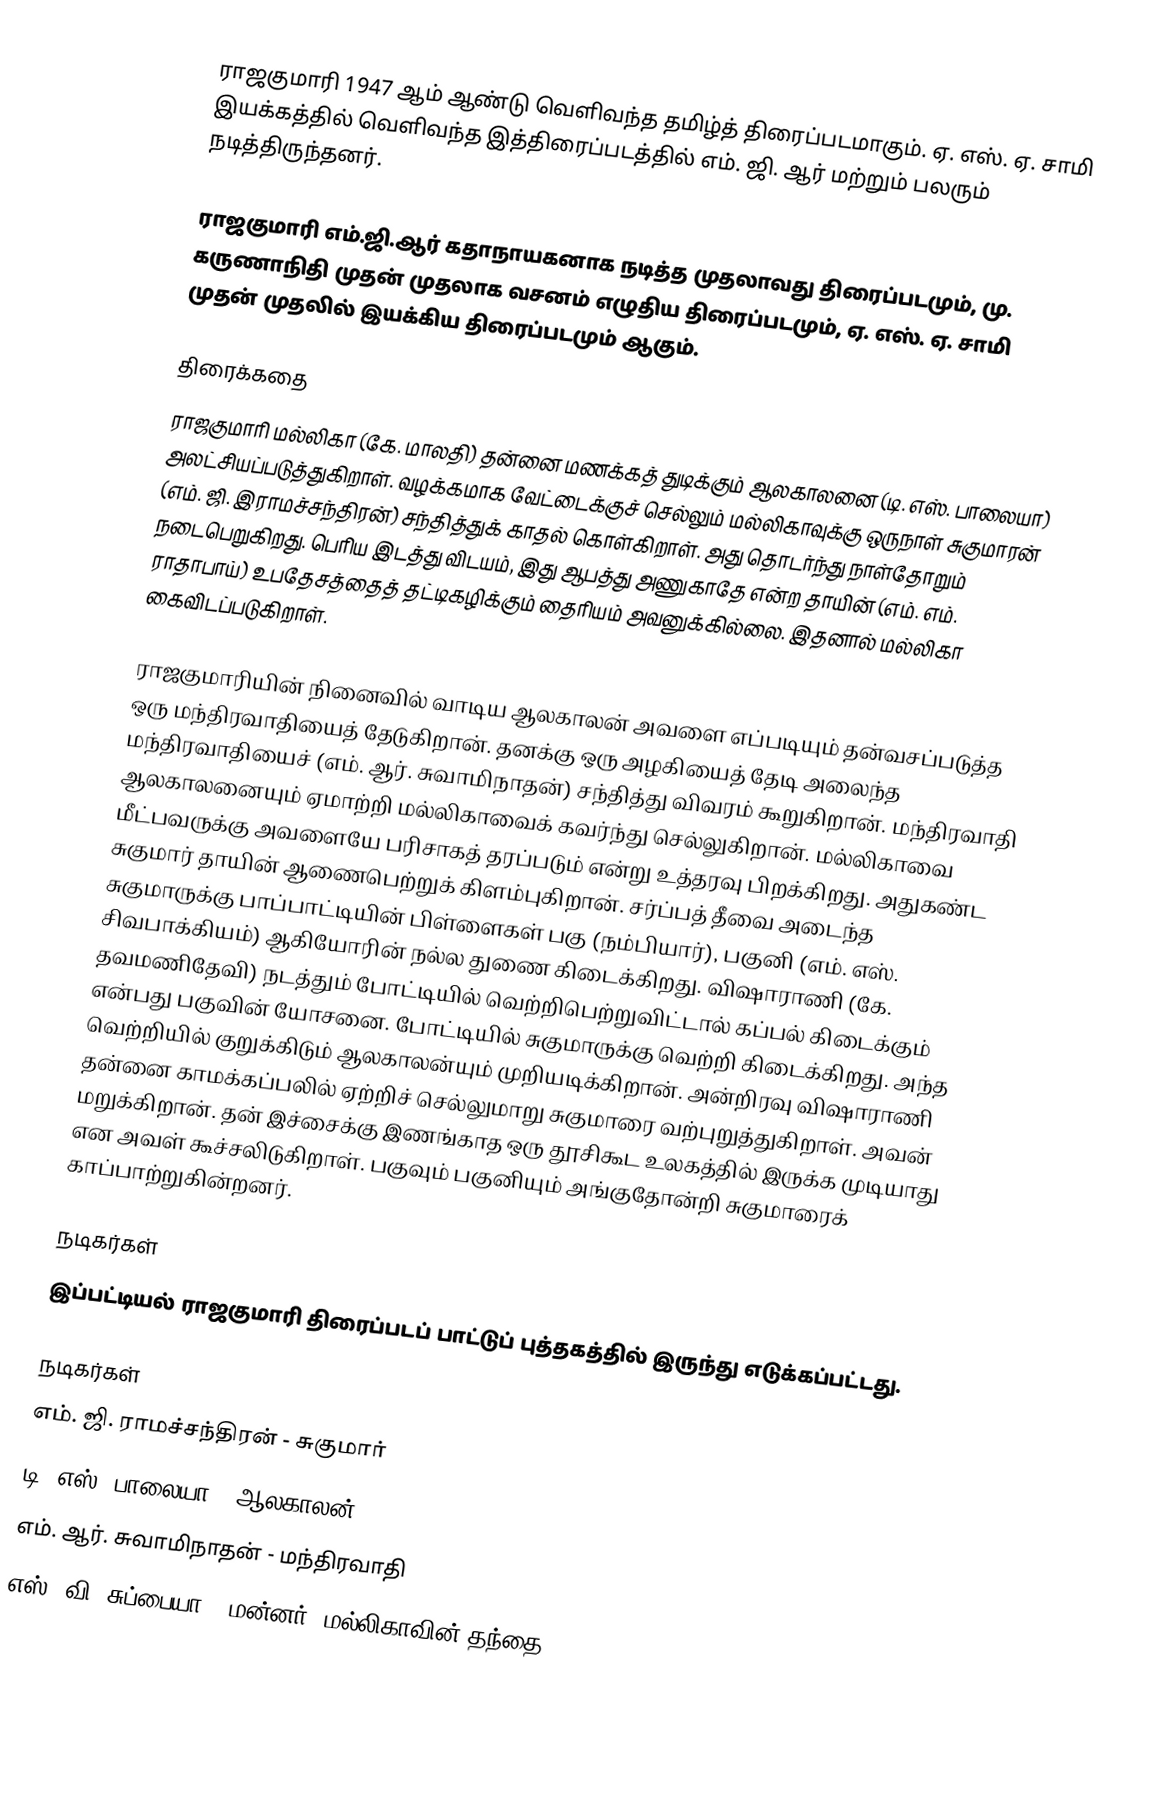
ராஜகுமாரி 1947 ஆம் ஆண்டு வெளிவந்த தமிழ்த் திரைப்படமாகும். ஏ. எஸ். ஏ. சாமி இயக்கத்தில் வெளிவந்த இத்திரைப்படத்தில் எம். ஜி. ஆர் மற்றும் பலரும் நடித்திருந்தனர்.

ராஜகுமாரி எம்.ஜி.ஆர் கதாநாயகனாக நடித்த முதலாவது திரைப்படமும், மு. கருணாநிதி முதன் முதலாக வசனம் எழுதிய திரைப்படமும், ஏ. எஸ். ஏ. சாமி முதன் முதலில் இயக்கிய திரைப்படமும் ஆகும்.

திரைக்கதை
ராஜகுமாரி மல்லிகா (கே. மாலதி) தன்னை மணக்கத் துடிக்கும் ஆலகாலனை (டி. எஸ். பாலையா) அலட்சியப்படுத்துகிறாள். வழக்கமாக வேட்டைக்குச் செல்லும் மல்லிகாவுக்கு ஒருநாள் சுகுமாரன் (எம். ஜி. இராமச்சந்திரன்) சந்தித்துக் காதல் கொள்கிறாள். அது தொடர்ந்து நாள்தோறும் நடைபெறுகிறது. பெரிய இடத்து விடயம், இது ஆபத்து அணுகாதே என்ற தாயின் (எம். எம். ராதாபாய்) உபதேசத்தைத் தட்டிகழிக்கும் தைரியம் அவனுக்கில்லை. இதனால் மல்லிகா கைவிடப்படுகிறாள்.

ராஜகுமாரியின் நினைவில் வாடிய ஆலகாலன் அவளை எப்படியும் தன்வசப்படுத்த ஒரு மந்திரவாதியைத் தேடுகிறான். தனக்கு ஒரு அழகியைத் தேடி அலைந்த மந்திரவாதியைச் (எம். ஆர். சுவாமிநாதன்) சந்தித்து விவரம் கூறுகிறான். மந்திரவாதி ஆலகாலனையும் ஏமாற்றி மல்லிகாவைக் கவர்ந்து செல்லுகிறான். மல்லிகாவை மீட்பவருக்கு அவளையே பரிசாகத் தரப்படும் என்று உத்தரவு பிறக்கிறது. அதுகண்ட சுகுமார் தாயின் ஆணைபெற்றுக் கிளம்புகிறான். சர்ப்பத் தீவை அடைந்த சுகுமாருக்கு பாப்பாட்டியின் பிள்ளைகள் பகு (நம்பியார்), பகுனி (எம். எஸ். சிவபாக்கியம்) ஆகியோரின் நல்ல துணை கிடைக்கிறது. விஷாராணி (கே. தவமணிதேவி) நடத்தும் போட்டியில் வெற்றிபெற்றுவிட்டால் கப்பல் கிடைக்கும் என்பது பகுவின் யோசனை. போட்டியில் சுகுமாருக்கு வெற்றி கிடைக்கிறது. அந்த வெற்றியில் குறுக்கிடும் ஆலகாலன்யும் முறியடிக்கிறான். அன்றிரவு விஷாராணி தன்னை காமக்கப்பலில் ஏற்றிச் செல்லுமாறு சுகுமாரை வற்புறுத்துகிறாள். அவன் மறுக்கிறான். தன் இச்சைக்கு இணங்காத ஒரு தூசிகூட உலகத்தில் இருக்க முடியாது என அவள் கூச்சலிடுகிறாள். பகுவும் பகுனியும் அங்குதோன்றி சுகுமாரைக் காப்பாற்றுகின்றனர்.

நடிகர்கள்
இப்பட்டியல் ராஜகுமாரி திரைப்படப் பாட்டுப் புத்தகத்தில் இருந்து எடுக்கப்பட்டது.

நடிகர்கள்
 எம். ஜி. ராமச்சந்திரன் - சுகுமார்
 டி. எஸ். பாலையா - ஆலகாலன்
 எம். ஆர். சுவாமிநாதன் - மந்திரவாதி
 எஸ். வி. சுப்பையா - மன்னர் (மல்லிகாவின் தந்தை)